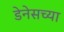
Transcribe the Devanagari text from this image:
डेनेसच्या